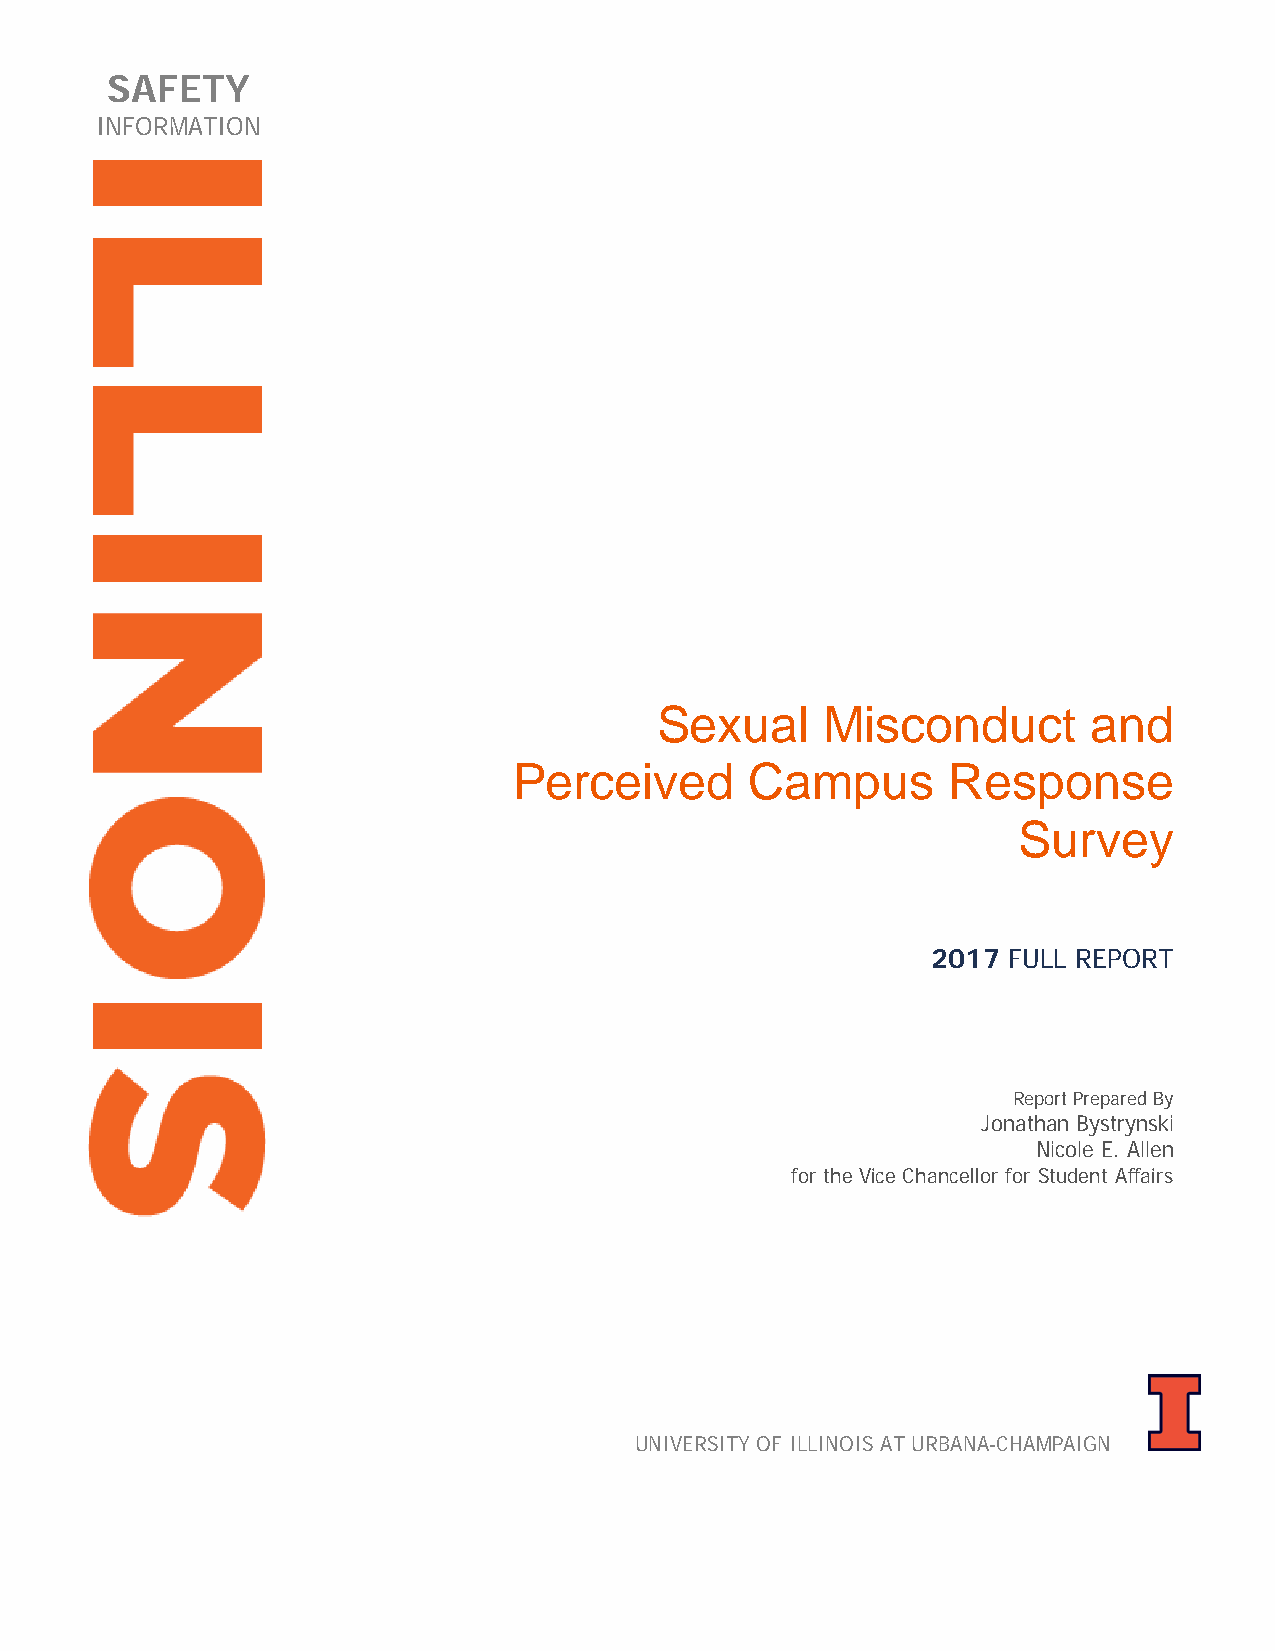
SAFETY
 INFORMATION
 Sexual      Misconduct       and
 Perceived       Campus       Response
 Survey
 2017 FULL REPORT
 Report Prepared By
 Jonathan Bystrynski
 Nicole E. Allen
 for the Vice Chancellor for Student Affairs
 UNIVERSITY OF ILLINOIS AT URBANA-CHAMPAIGN